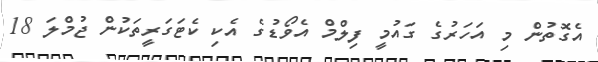
އެގޮތުން މި އަހަރުގެ ގައުމީ ފިލްމް އެވޯޑުގެ އެކި ކެޓަގަރީތަކުން ޖުމްލަ 18